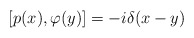
\begin{align*}[p (x),\varphi (y)]=-i\delta (x-y) \end{align*}